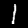
Digit: 1